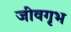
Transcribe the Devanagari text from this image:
जीवगृभ